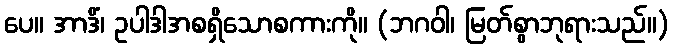
ပေ။ အာဒိံ၊ ဥပါဒါအစရှိသောစကားကို။ (ဘဂဝါ၊ မြတ်စွာဘုရားသည်။)